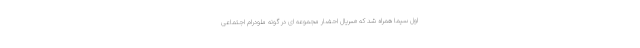
اول سیما همراه شد که «سریال احضار مجموعه ای در گونه ملودرام اجتماعی